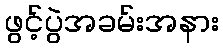
ဖွင့်ပွဲအခမ်းအနား